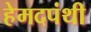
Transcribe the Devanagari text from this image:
हेमदपंथी